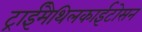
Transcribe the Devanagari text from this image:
ट्राईमैथिलकाईटोसन